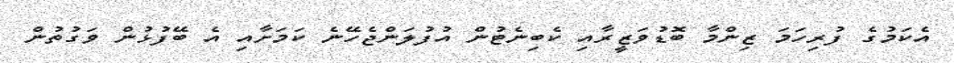
އެކަމުގެ ފުރިހަމަ ޒިންމާ ބޮޑުވަޒީރާއި ކެބިނެޓުން އުފުލަންޖެހޭނެ ކަމަށާއި އެ ބޭފުޅުން ވަގުތުން